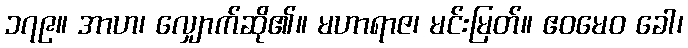
၁၇၉။ အာဟ၊ လျှောက်ဆို၏။ မဟာရာဇ၊ မင်းမြတ်။ ဧဝမေဝ ခေါ၊